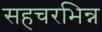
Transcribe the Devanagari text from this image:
सहचरभिन्न